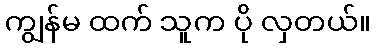
ကျွန်မ ထက် သူက ပို လှတယ်။